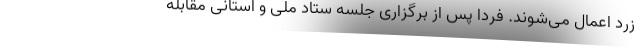
زرد اعمال می‌شوند. فردا پس از برگزاری جلسه ستاد ملی و استانی مقابله